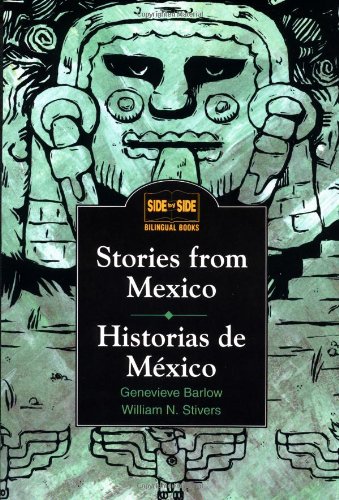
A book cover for Stories from Mexico/Historias de Mexico (Side by Side Bilingual Books) (English and Spanish Edition); Genevieve Barlow; Literature & Fiction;